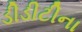
ડીડીટીના